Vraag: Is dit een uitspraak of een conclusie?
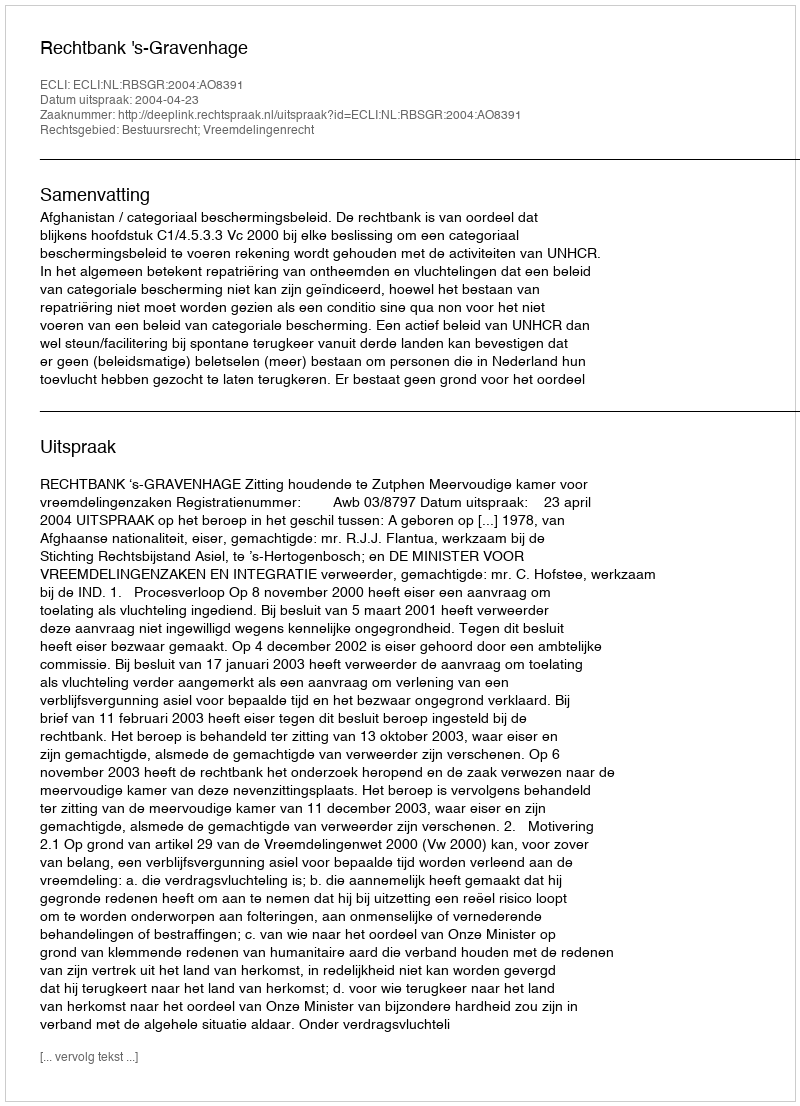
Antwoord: Uitspraak